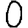
Digit: 0